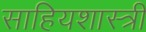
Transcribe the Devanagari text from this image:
साहियशास्त्री